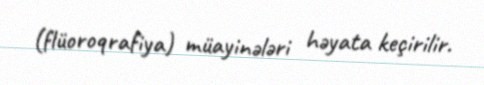
(flüoroqrafiya) müayinələri həyata keçirilir.